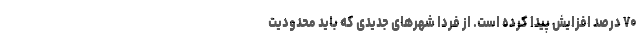
۷۰ درصد افزایش پیدا کرده است. از فردا شهرهای جدیدی که باید محدودیت